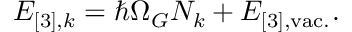
E _ { [ 3 ] , k } = \hbar \Omega _ { G } N _ { k } + E _ { [ 3 ] , \mathrm { v a c . } } .